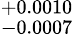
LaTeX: ^{+0.0010}_{-0.0007}